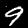
Label: 9